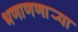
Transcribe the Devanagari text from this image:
भणाणणार्‍या